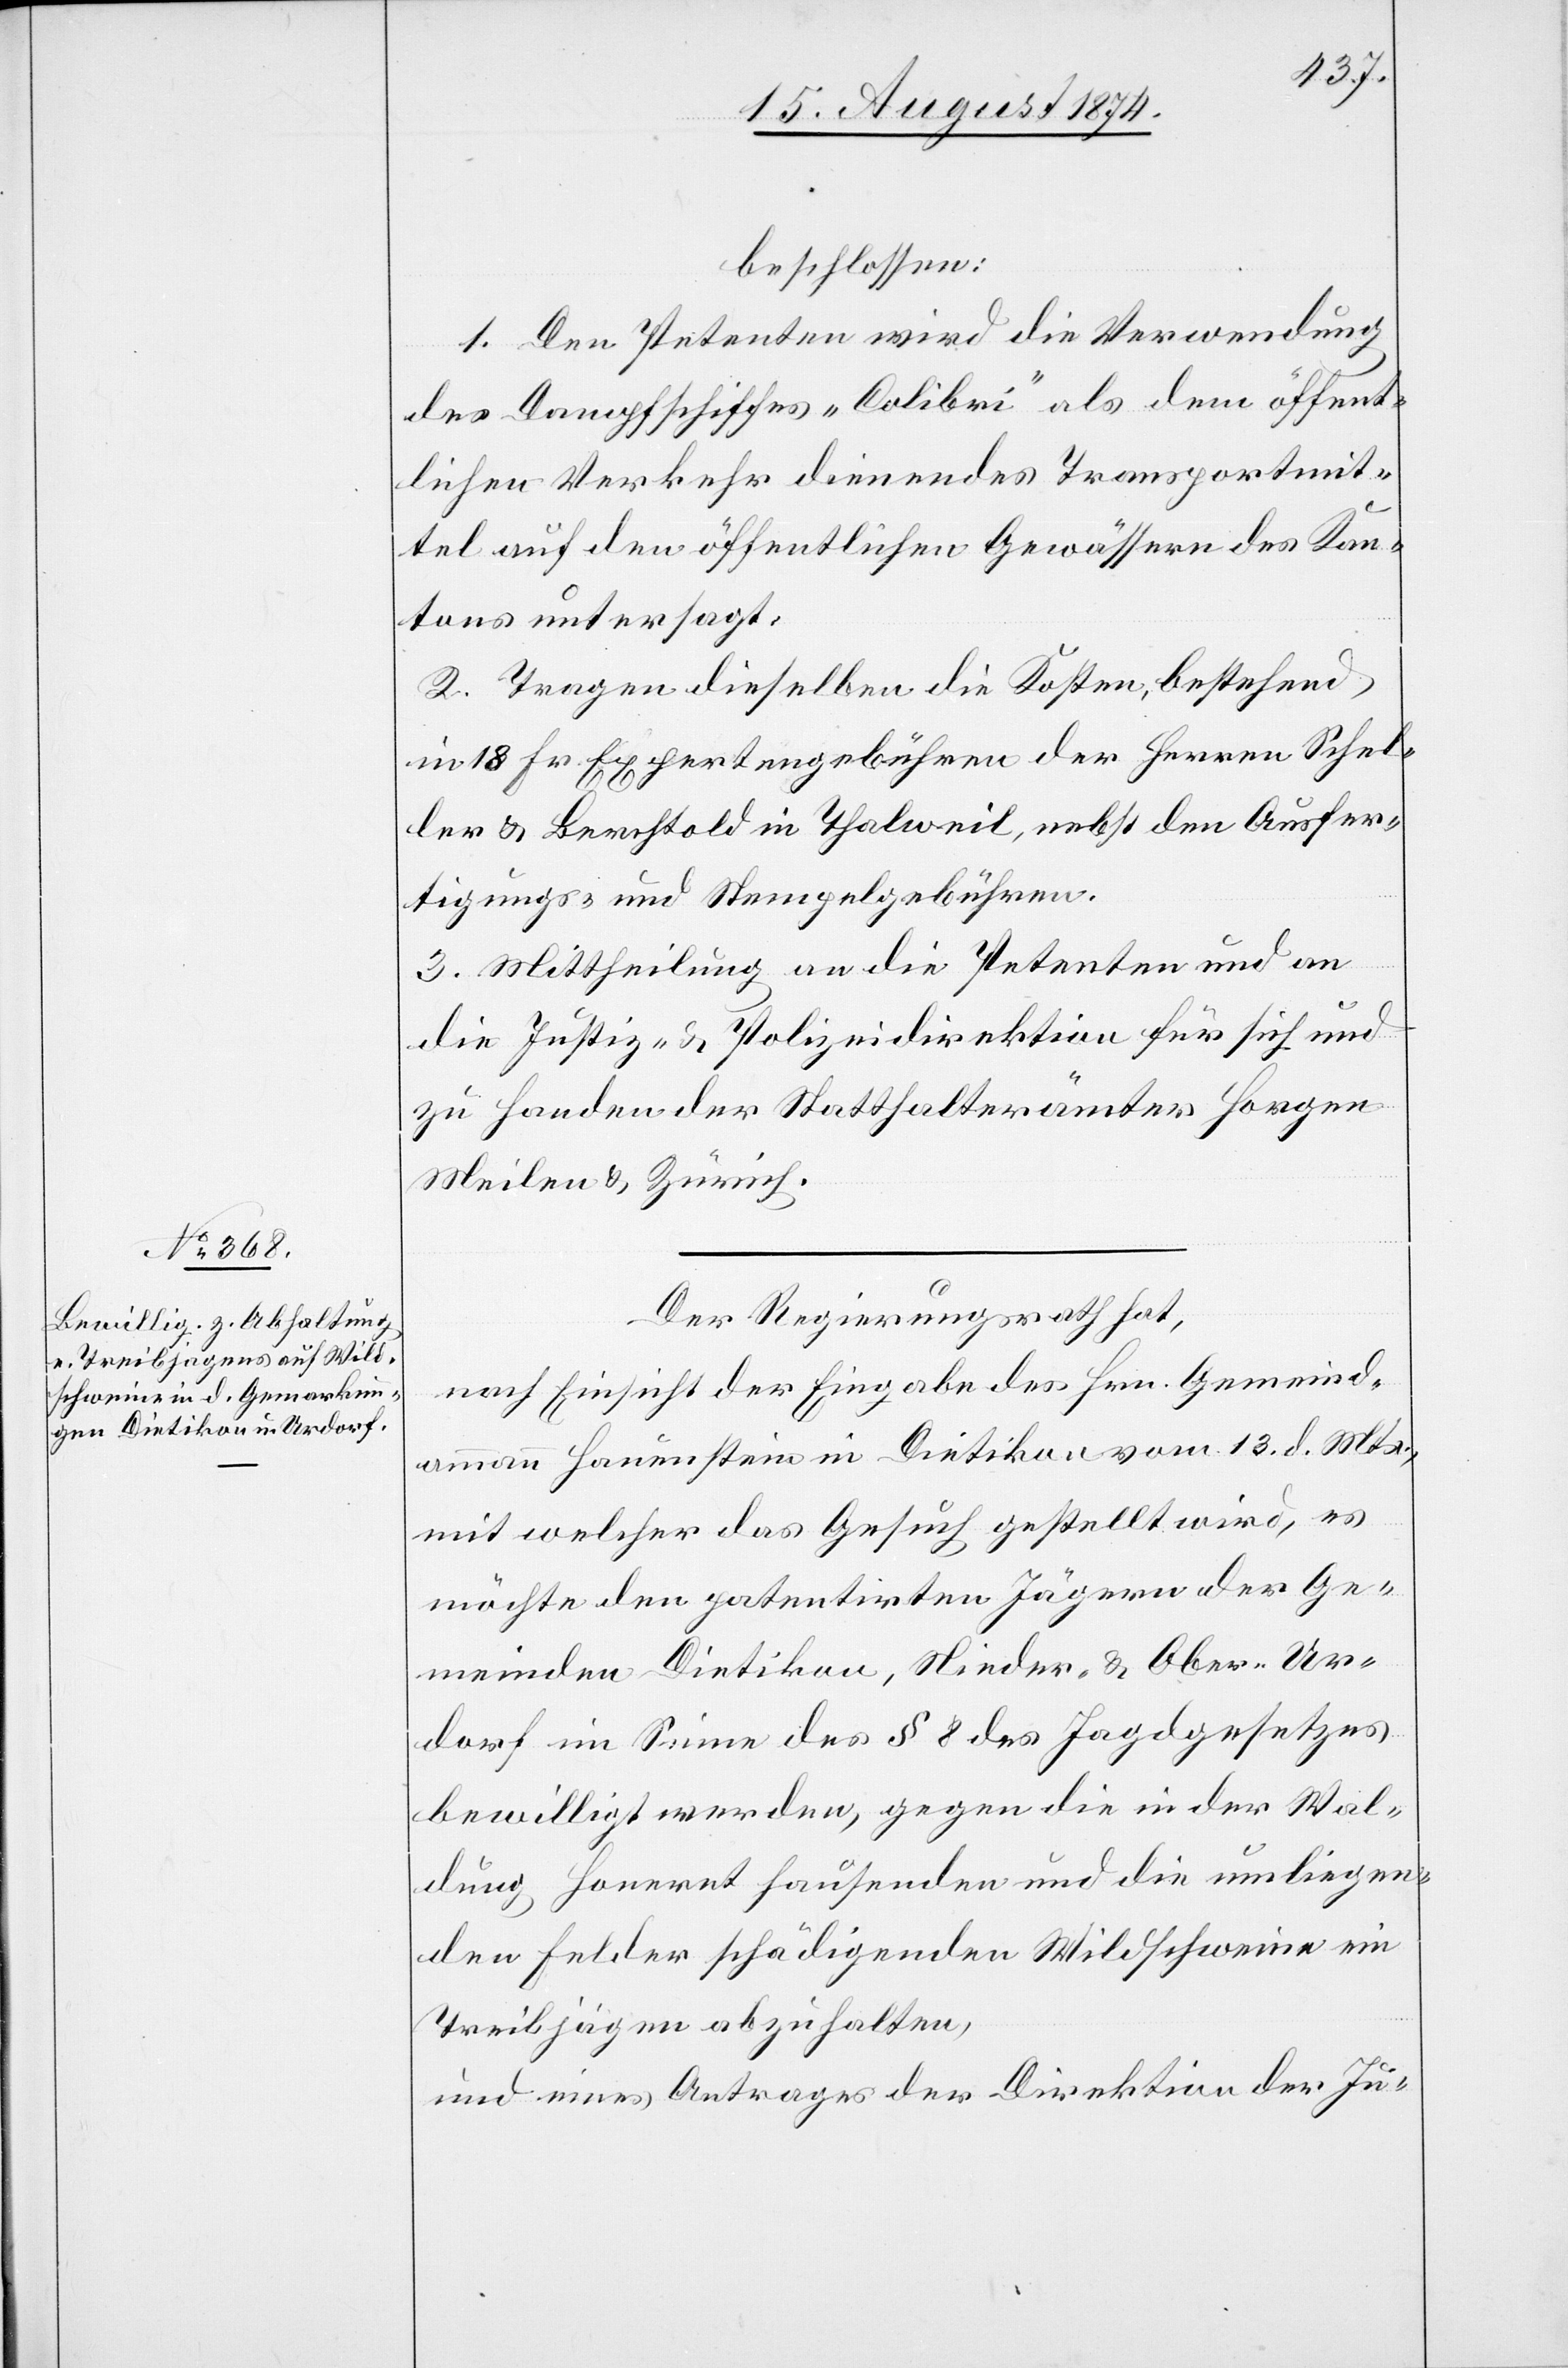
beschlossen:
1. Den Petenten wird die Verwendung
des Dampfschiffes „Colibri“ als dem öffent¬
lichen Verkehr dienendes Transportmit¬
tel auf den öffentlichen Gewässern des Kan¬
tons untersagt.
2. Tragen dieselben die Kosten, bestehend
in 18 Fr. Expertengebühren der Herren Schel¬
ler u. Berchtold in Thalweil, nebst den Ausfer¬
tigungs- und Stempelgebühren.
3. Mittheilung an die Petenten und an
die Justiz- u. Polizeidirektion für sich und
zu Handen der Statthalterämter Horgen
Meilen u. Zürich.
Der Regierungsrath hat,
nach Einsicht der Eingabe des Hrn. Gemeind¬
ammann Hauenstein in Dietikon vom 13. d. Mts.,
mit welcher das Gesuch gestellt wird, es
möchte den patentirten Jägern der Ge¬
meinden Dietikon, Nieder- u. Ober-Ur¬
dorf im Sinne des § 8 des Jagdgesetzes
bewilligt werden, gegen die in der Wal¬
dung Honernt hausenden und die umliegen¬
den Felder schädigenden Wildschweine ein
Treibjagen abzuhalten,
und eines Antrages der Direktion der Ju-